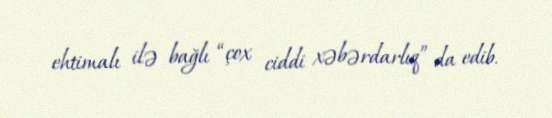
ehtimalı ilə bağlı “çox ciddi xəbərdarlıq” da edib.